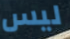
ليس